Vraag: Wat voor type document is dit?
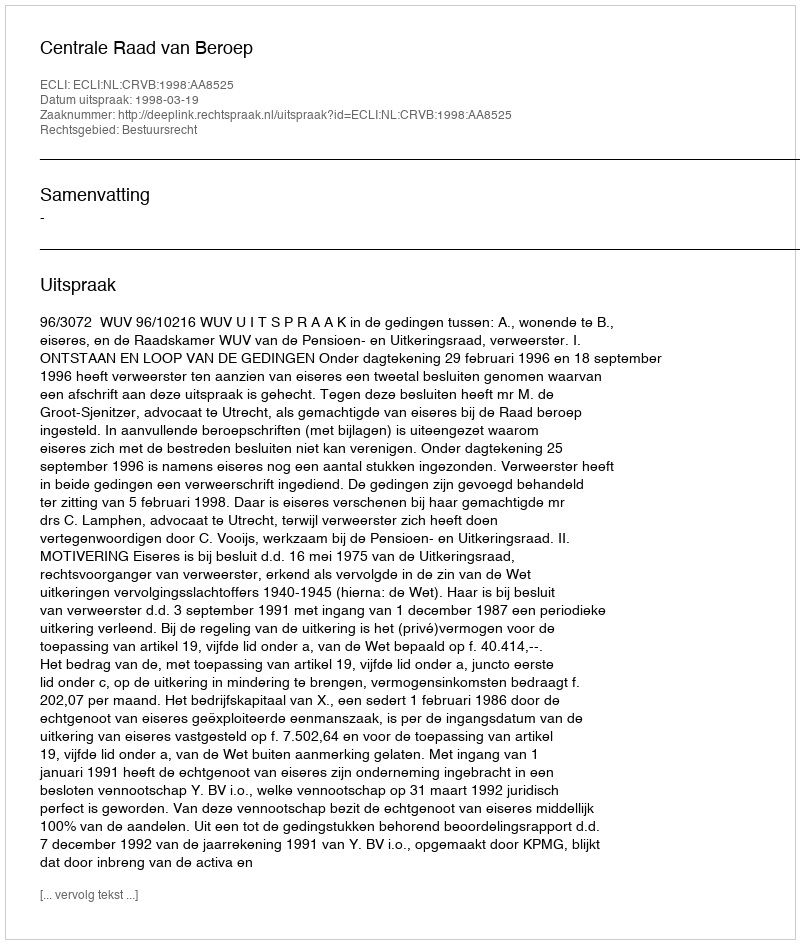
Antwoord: Uitspraak